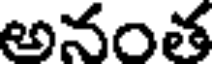
అనంత